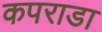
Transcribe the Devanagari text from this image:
कपराडा